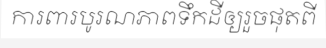
ការពារបូរណភាពទឹកដីឲ្យរួចផុតពី